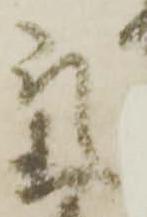
氣